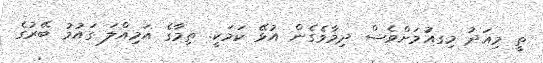
ތީ މިއަދު މިގއަުމަށްވެސް ދިމާވެގެން އުޅޭ ކަމަކީ. ތިމާގެ އަމިއްލަ ގައުމު ބޭރުގެ